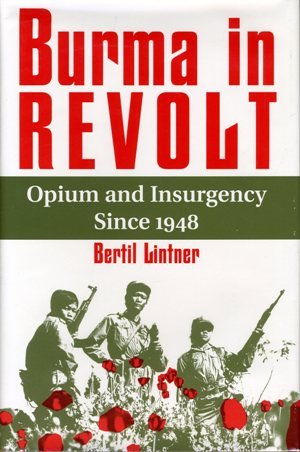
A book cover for Burma in Revolt: Opium and Insurgency Since 1948; Bertil Lintner; Travel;